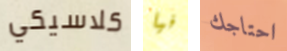
كلاسيكي فيا احتاجك